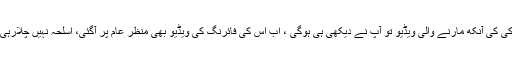
اس لڑکی کی آنکھ مارنے والی ویڈیو تو آپ نے دیکھی ہی ہوگی ، اب اس کی فائرنگ کی ویڈیو بھی منظر عام پر آگئی، اسلحہ نہیں چلارہی بلکہ ۔